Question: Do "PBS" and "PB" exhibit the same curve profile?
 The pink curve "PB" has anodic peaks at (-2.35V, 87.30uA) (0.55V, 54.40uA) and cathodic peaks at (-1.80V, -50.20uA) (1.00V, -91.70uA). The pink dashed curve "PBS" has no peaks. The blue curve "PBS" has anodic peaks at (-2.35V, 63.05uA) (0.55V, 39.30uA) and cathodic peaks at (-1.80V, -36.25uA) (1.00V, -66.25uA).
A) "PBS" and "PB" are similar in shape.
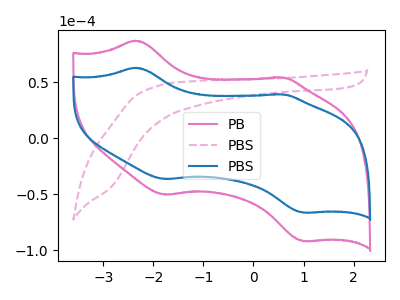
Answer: <think>All the peaks in "PBS" have a peak in "PB" at the same potential. Every peak in "PBS" is lower than every peak in "PB".
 </think>
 <answer>A) "PBS" and "PB" are similar in shape.</answer>
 <eval>A</eval>